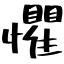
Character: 懼